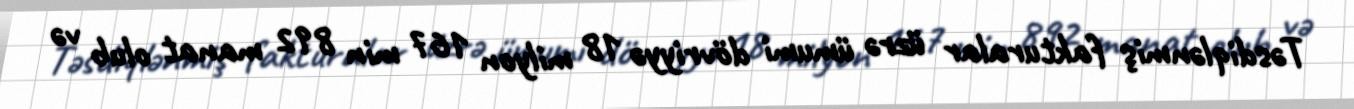
Təsdiqlənmiş fakturalar üzrə ümumi dövriyyə 18 milyon 167 min 892 manat olub və